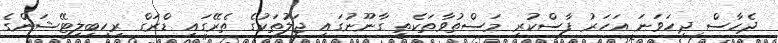
ދެހާސް ދިހަވަނަ އަހަރު ފާސްކުރި މަސްތުވާތަކެތީ ގާނޫނުގައި ޖަލުތަކުގެ ތެރޭގައި ޑްރަގް ރިހިބިލިޓޭޝަންގެ